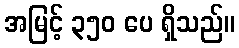
အမြင့် ၃၅၀ ပေ ရှိသည်။